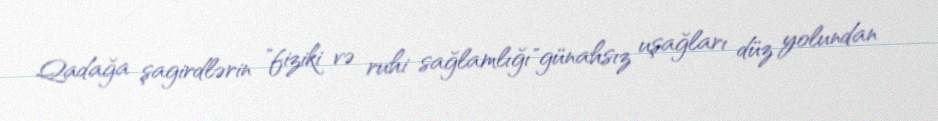
Qadağa şagirdlərin "fiziki və ruhi sağlamlığı"günahsız uşağları düz yolundan